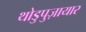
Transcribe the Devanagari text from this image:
थोडुपुज़ायार